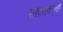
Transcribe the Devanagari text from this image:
सरकारकडूनही